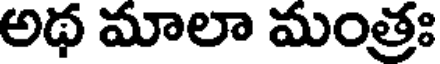
అథ మాలా మంత్రః